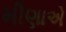
મીણાએ